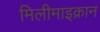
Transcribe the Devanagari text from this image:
मिलीमाइक्रान